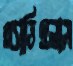
গ্ল্যাডিওলাস